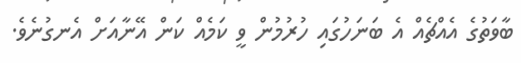
ބާވަތުގެ އެއްޗެއް އެ ބަނަހުގައި ހުރުމުން ވީ ކަމެއް ކަން އޭނާއަށް އެނގުނެވެ.